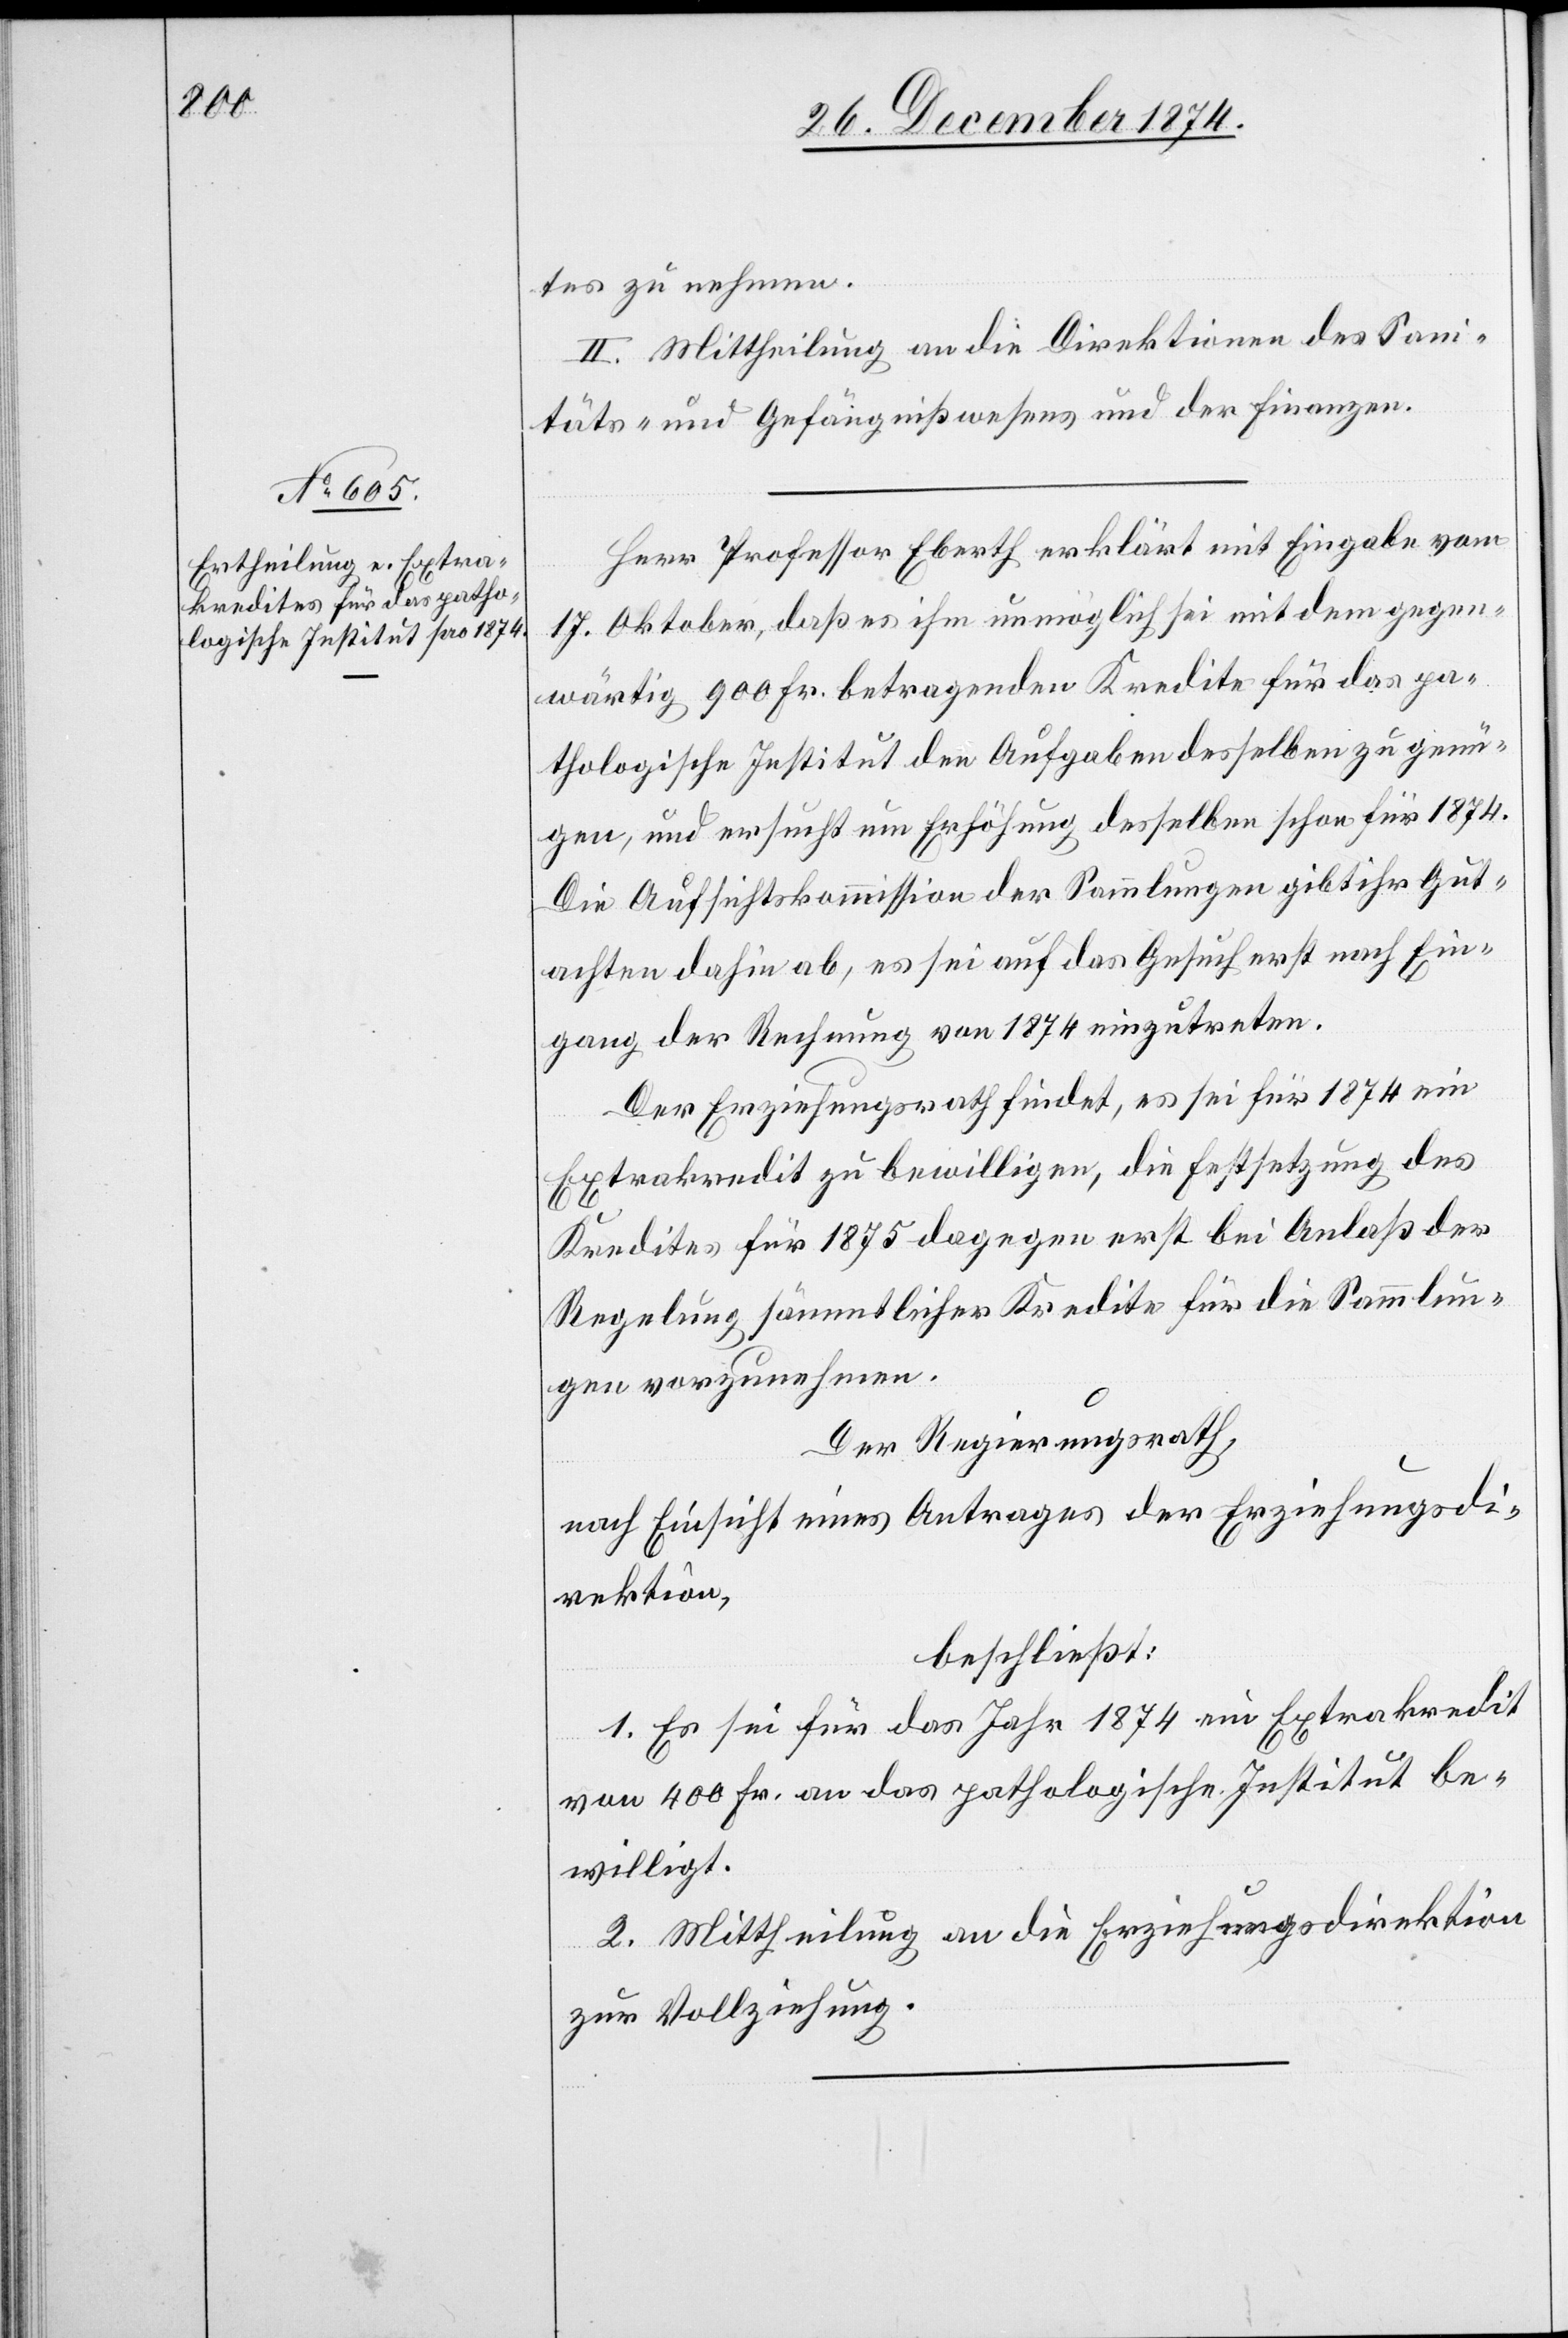
tes zu nehmen.
II. Mittheilung an die Direktionen des Sani¬
täts- und Gefängißwesens und der Finanzen.
Herr Professor Eberth erklärt mit Eingabe vom
17. Oktober, daß es ihm unmöglich sei mit dem gegen¬
wärtig 900 Fr. betragenden Kredite für das pa¬
thologische Institut den Aufgaben desselben zu genü¬
gen, und ersucht um Erhöhung desselben schon für 1874.
Die Aufsichtskommission der Sammlungen gibt ihr Gut¬
achten dahin ab, es sei auf das Gesuch erst nach Ein¬
gang der Rechnung von 1874 einzutreten.
Der Erziehungsrath findet, es sei für 1874 ein
Extrakredit zu bewilligen, die Festsetzung des
Kredites für 1875 dagegen erst bei Anlaß der
Regelung sämmtlicher Kredite für die Sammlun¬
gen vorzunehmen.
Der Regierungsrath,
nach Einsicht eines Antrages der Erziehungsdi¬
rektion,
beschließt:
1. Es sei für das Jahr 1874 ein Extrakredit
von 400 Fr. an das pathologische Institut be¬
willigt.
2. Mittheilung an die Erziehungsdirektion
zur Vollziehung.